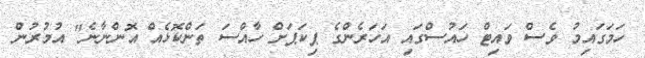
ހަމަގައިމު ވެސް ވައިޓް ހައުސްގައި އަހަރެންގެ ޕިކަޕަށް ހާއްސަ ތަންކޮޅެއް އޮންނާނެ" އުމުރުން